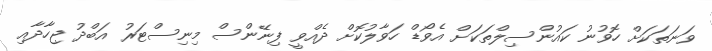
ވަނަތަކަށް ހޮވުނު ކައުންސިލްތަކަށް އެވޯޑް ހަވާލުކޮށް ދެއްވީ ފިނޭންސް މިނިސްޓަރު އަބްދު ޖިހާދާއި